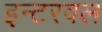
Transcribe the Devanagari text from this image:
इन्टरवल